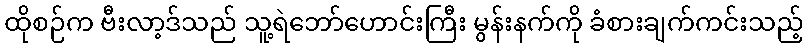
ထိုစဉ်က ဗီးလာ့ဒ်သည် သူ့ရဲဘော်ဟောင်းကြီး မွန်းနက်ကို ခံစားချက်ကင်းသည့်